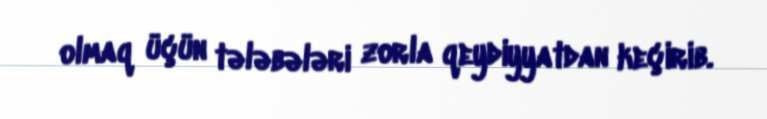
olmaq üçün tələbələri zorla qeydiyyatdan keçirib.